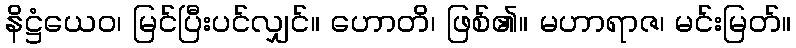
နိဋ္ဌံယေဝ၊ မြင်ပြီးပင်လျှင်။ ဟောတိ၊ ဖြစ်၏။ မဟာရာဇ၊ မင်းမြတ်။